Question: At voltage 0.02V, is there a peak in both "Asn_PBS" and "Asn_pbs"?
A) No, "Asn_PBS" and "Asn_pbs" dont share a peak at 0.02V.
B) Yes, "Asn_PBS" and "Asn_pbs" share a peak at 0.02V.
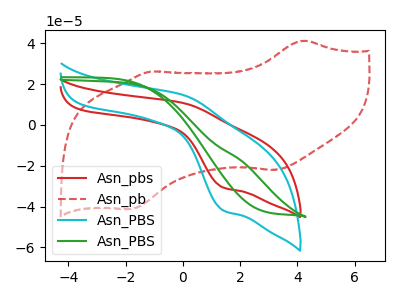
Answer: <think>The red curve "Asn_pbs" has an anodic peak at (0.00V, 10.70uA) and a cathodic peak at (1.40V, -30.70uA). The red dashed curve "Asn_pb" has anodic peaks at (4.25V, 41.25uA) (-1.15V, 26.10uA) and cathodic peaks at (3.20V, -22.10uA) (-1.80V, -41.20uA). The cyan curve "Asn_PBS" has an anodic peak at (0.00V, 14.60uA) and a cathodic peak at (1.40V, -41.85uA). The green curve "Asn_PBS" has no peaks.</think>
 <answer>B) Yes, "Asn_PBS" and "Asn_pbs" share a peak at 0.02V.</answer>
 <eval>B</eval>